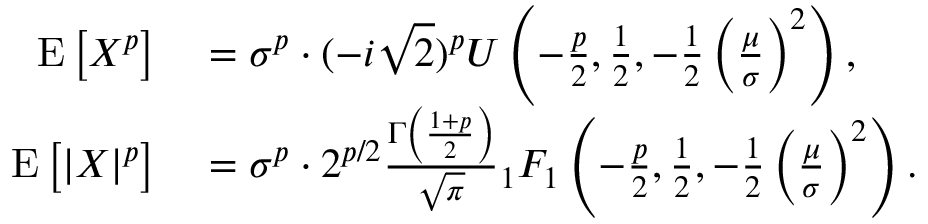
\begin{array} { r l } { \operatorname { E } \left[ X ^ { p } \right] } & { { } = \sigma ^ { p } \cdot ( - i { \sqrt { 2 } } ) ^ { p } U \left( - { \frac { p } { 2 } } , { \frac { 1 } { 2 } } , - { \frac { 1 } { 2 } } \left( { \frac { \mu } { \sigma } } \right) ^ { 2 } \right) , } \\ { \operatorname { E } \left[ | X | ^ { p } \right] } & { { } = \sigma ^ { p } \cdot 2 ^ { p / 2 } { \frac { \Gamma \left( { \frac { 1 + p } { 2 } } \right) } { \sqrt { \pi } } } { } _ { 1 } F _ { 1 } \left( - { \frac { p } { 2 } } , { \frac { 1 } { 2 } } , - { \frac { 1 } { 2 } } \left( { \frac { \mu } { \sigma } } \right) ^ { 2 } \right) . } \end{array}